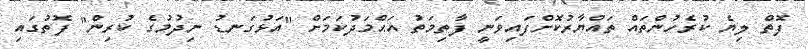
ފޮތް ލިޔެ ކުރެހުންތައް ތައްޔާރުކޮށްފައިވަނީ ފާތިމަތު އަޙްމަދުކަމަށް "އަޅުގަނޑު ނިދުމުގެ ކުރިން" ފޮތުގައި